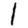
Digit: 1